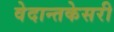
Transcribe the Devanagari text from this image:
वेदान्तकेसरी